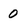
Character: 0